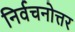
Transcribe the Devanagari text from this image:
निर्वचनोत्तर